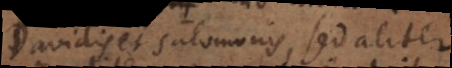
Davidis et Salomonis, sed aliter